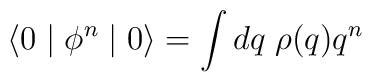
\langle 0 \mid \phi^{n} \mid 0 \rangle = \int dq \; \rho (q) q^{n}